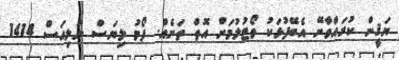
ޔަޤީން ކުރައްވާށޭ އެބޭފުޅަކު ވޯޓުލުމަށް އޮތް ތަނެއް. ފޯމު ލިޔަސް ނުލިއަސް 1414